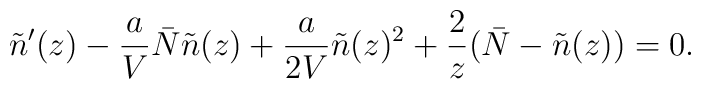
\tilde n'(z)-{a\over V}\bar N \tilde n(z)+ {a\over 2V}\tilde n(z)^2 +{2\over z} \bigl(\bar N-\tilde n(z)\bigr) = 0.